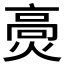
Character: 𤌾